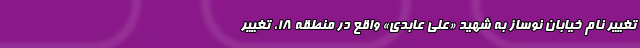
تغییر نام خیابان نوساز به شهید «علی عابدی» واقع در منطقه ۱۸، تغییر